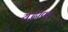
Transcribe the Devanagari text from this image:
यद्भाण्डं